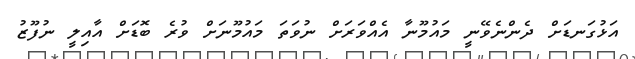
އަޅުގަނޑަށް ދެންނެވޭނީ މައުމޫނާ އެއްވަރަށް ނުވަތަ މައުމޫނަށް ވުރެ ބޮޑަށް އާއިލީ ނުފޫޒު